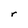
Character: r